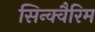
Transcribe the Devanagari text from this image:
सिन्क्वैरिम